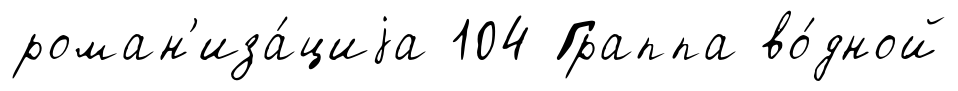
роман'иза́циjа 104 Граппа во́дной